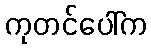
ကုတင်ပေါ်က